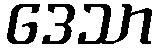
ဒေသာ